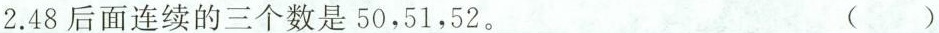
2.48后面连续的三个数是50，51，52。 ( )